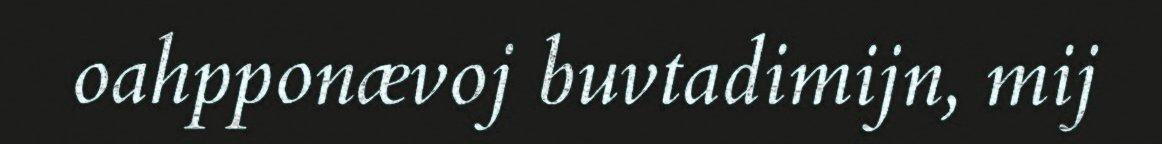
oahpponævoj buvtadimijn, mij